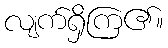
လျက်ရှိကြ၏။